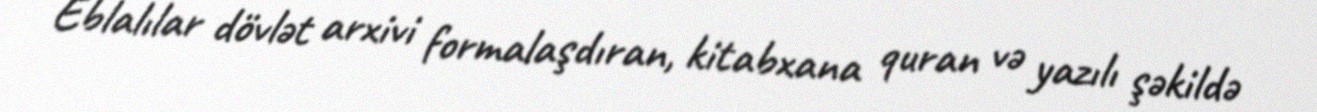
Eblalılar dövlət arxivi formalaşdıran, kitabxana quran və yazılı şəkildə